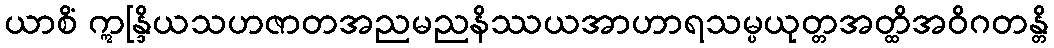
ယာစိံ ဣန္ဒြိယသဟဇာတအညမညနိဿယအာဟာရသမ္ပယုတ္တအတ္ထိအဝိဂတန္တိ